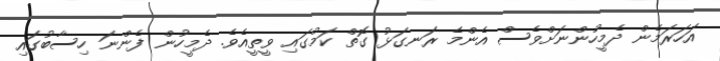
އަހަރަމެން ދެމީހުންނަށްވެސް އެންމެ ރަނގަޅު ގޮތް ކަމުގައި ވީތީއެވެ. ދެމީހުން ފެންނަ ހިސާބުގައި